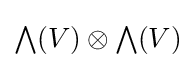
{\textstyle \bigwedge }(V)\otimes {\textstyle \bigwedge }(V)